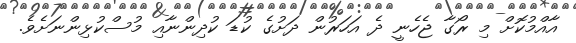
އާއްމުކޮށް މި ރޯގާ ޖެހެނީ ދެ އަހަރުން ދަށުގެ ކުޑަ ކުދިންނާއި މުސްކުޅިންނަށެވެ.